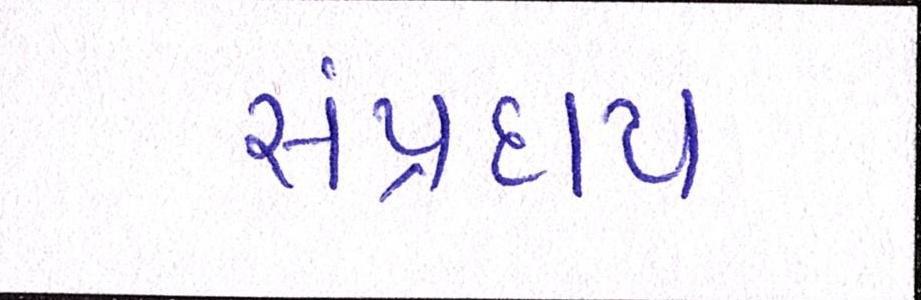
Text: સંપ્રદાય